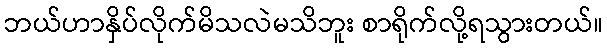
ဘယ်ဟာနှိပ်လိုက်မိသလဲမသိဘူး စာရိုက်လို့ရသွားတယ်။